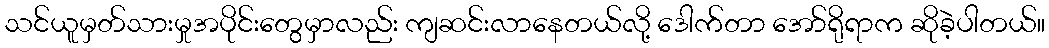
သင်ယူမှတ်သားမှုအပိုင်းတွေမှာလည်း ကျဆင်းလာနေတယ်လို့ ဒေါက်တာ အော်ရိုရာက ဆိုခဲ့ပါတယ်။